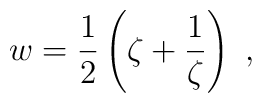
w=\frac12 \left(\zeta+ \frac{1}{\zeta}\right) \ ,